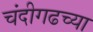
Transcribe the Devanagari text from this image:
चंदीगढच्या